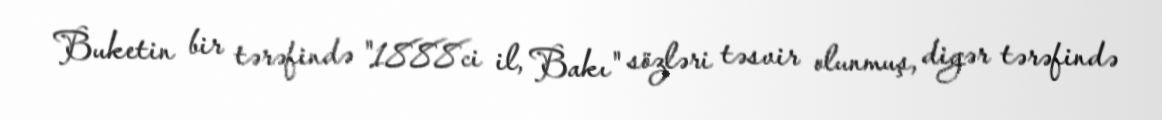
Buketin bir tərəfində "1888ci il, Bakı" sözləri təsvir olunmuş, digər tərəfində